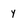
Character: y